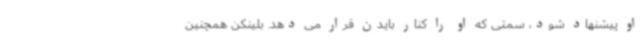
او پیشنهاد شود، سمتی که او را کنار بایدن قرار می دهد. بلینکن همچنین